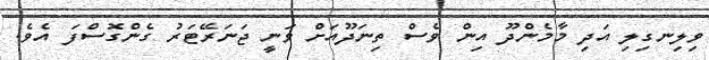
ވިލިނގިލި އަދި މާމެންދޫ އިން ވެސް ތިނަދޫއަށް ވަނީ ޖަނަރޭޓަރު ގެންގޮސްފަ އެވެ.